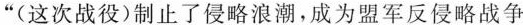
“(这次战役)制止了侵略浪潮，成为盟军反侵略战争